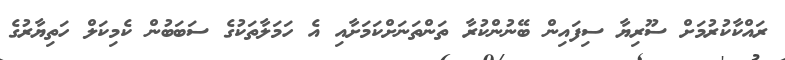
ރައްކާކުރުމަށް ސޫރިޔާ ސިފައިން ބޭނުންކުރާ ތަންތަނަށްކަމަށާއި އެ ހަމަލާތަކުގެ ސަބަބުން ކެމިކަލް ހަތިޔާރުގެ